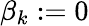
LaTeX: \beta_{k}:=0